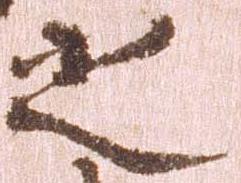
之